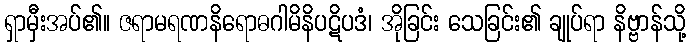
ရှာမှီးအပ်၏။ ဇရာမရဏနိရောဓဂါမိနိပဋိပဒံ၊ အိုခြင်း သေခြင်း၏ ချုပ်ရာ နိဗ္ဗာန်သို့